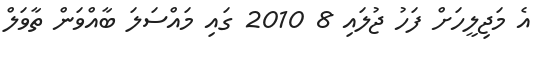
އެ މަޖިލީހަށް ފަހު ޖުލައި 8 2010 ގައި މައްސަލަ ބާއްވަން ތާވަލް